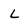
Character: L